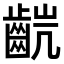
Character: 𫜥